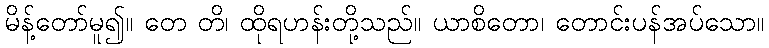
မိန့်တော်မူ၍။ တေ တိ၊ ထိုရဟန်းတို့သည်။ ယာစိတော၊ တောင်းပန်အပ်သော။